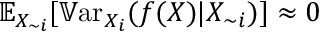
\mathbb { E } _ { X _ { \sim i } } [ \mathbb { V } \mathrm { a r } _ { X _ { i } } ( f ( X ) | X _ { \sim i } ) ] \approx 0